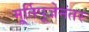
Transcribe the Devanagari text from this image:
मू्र्तिपूजेनंतर